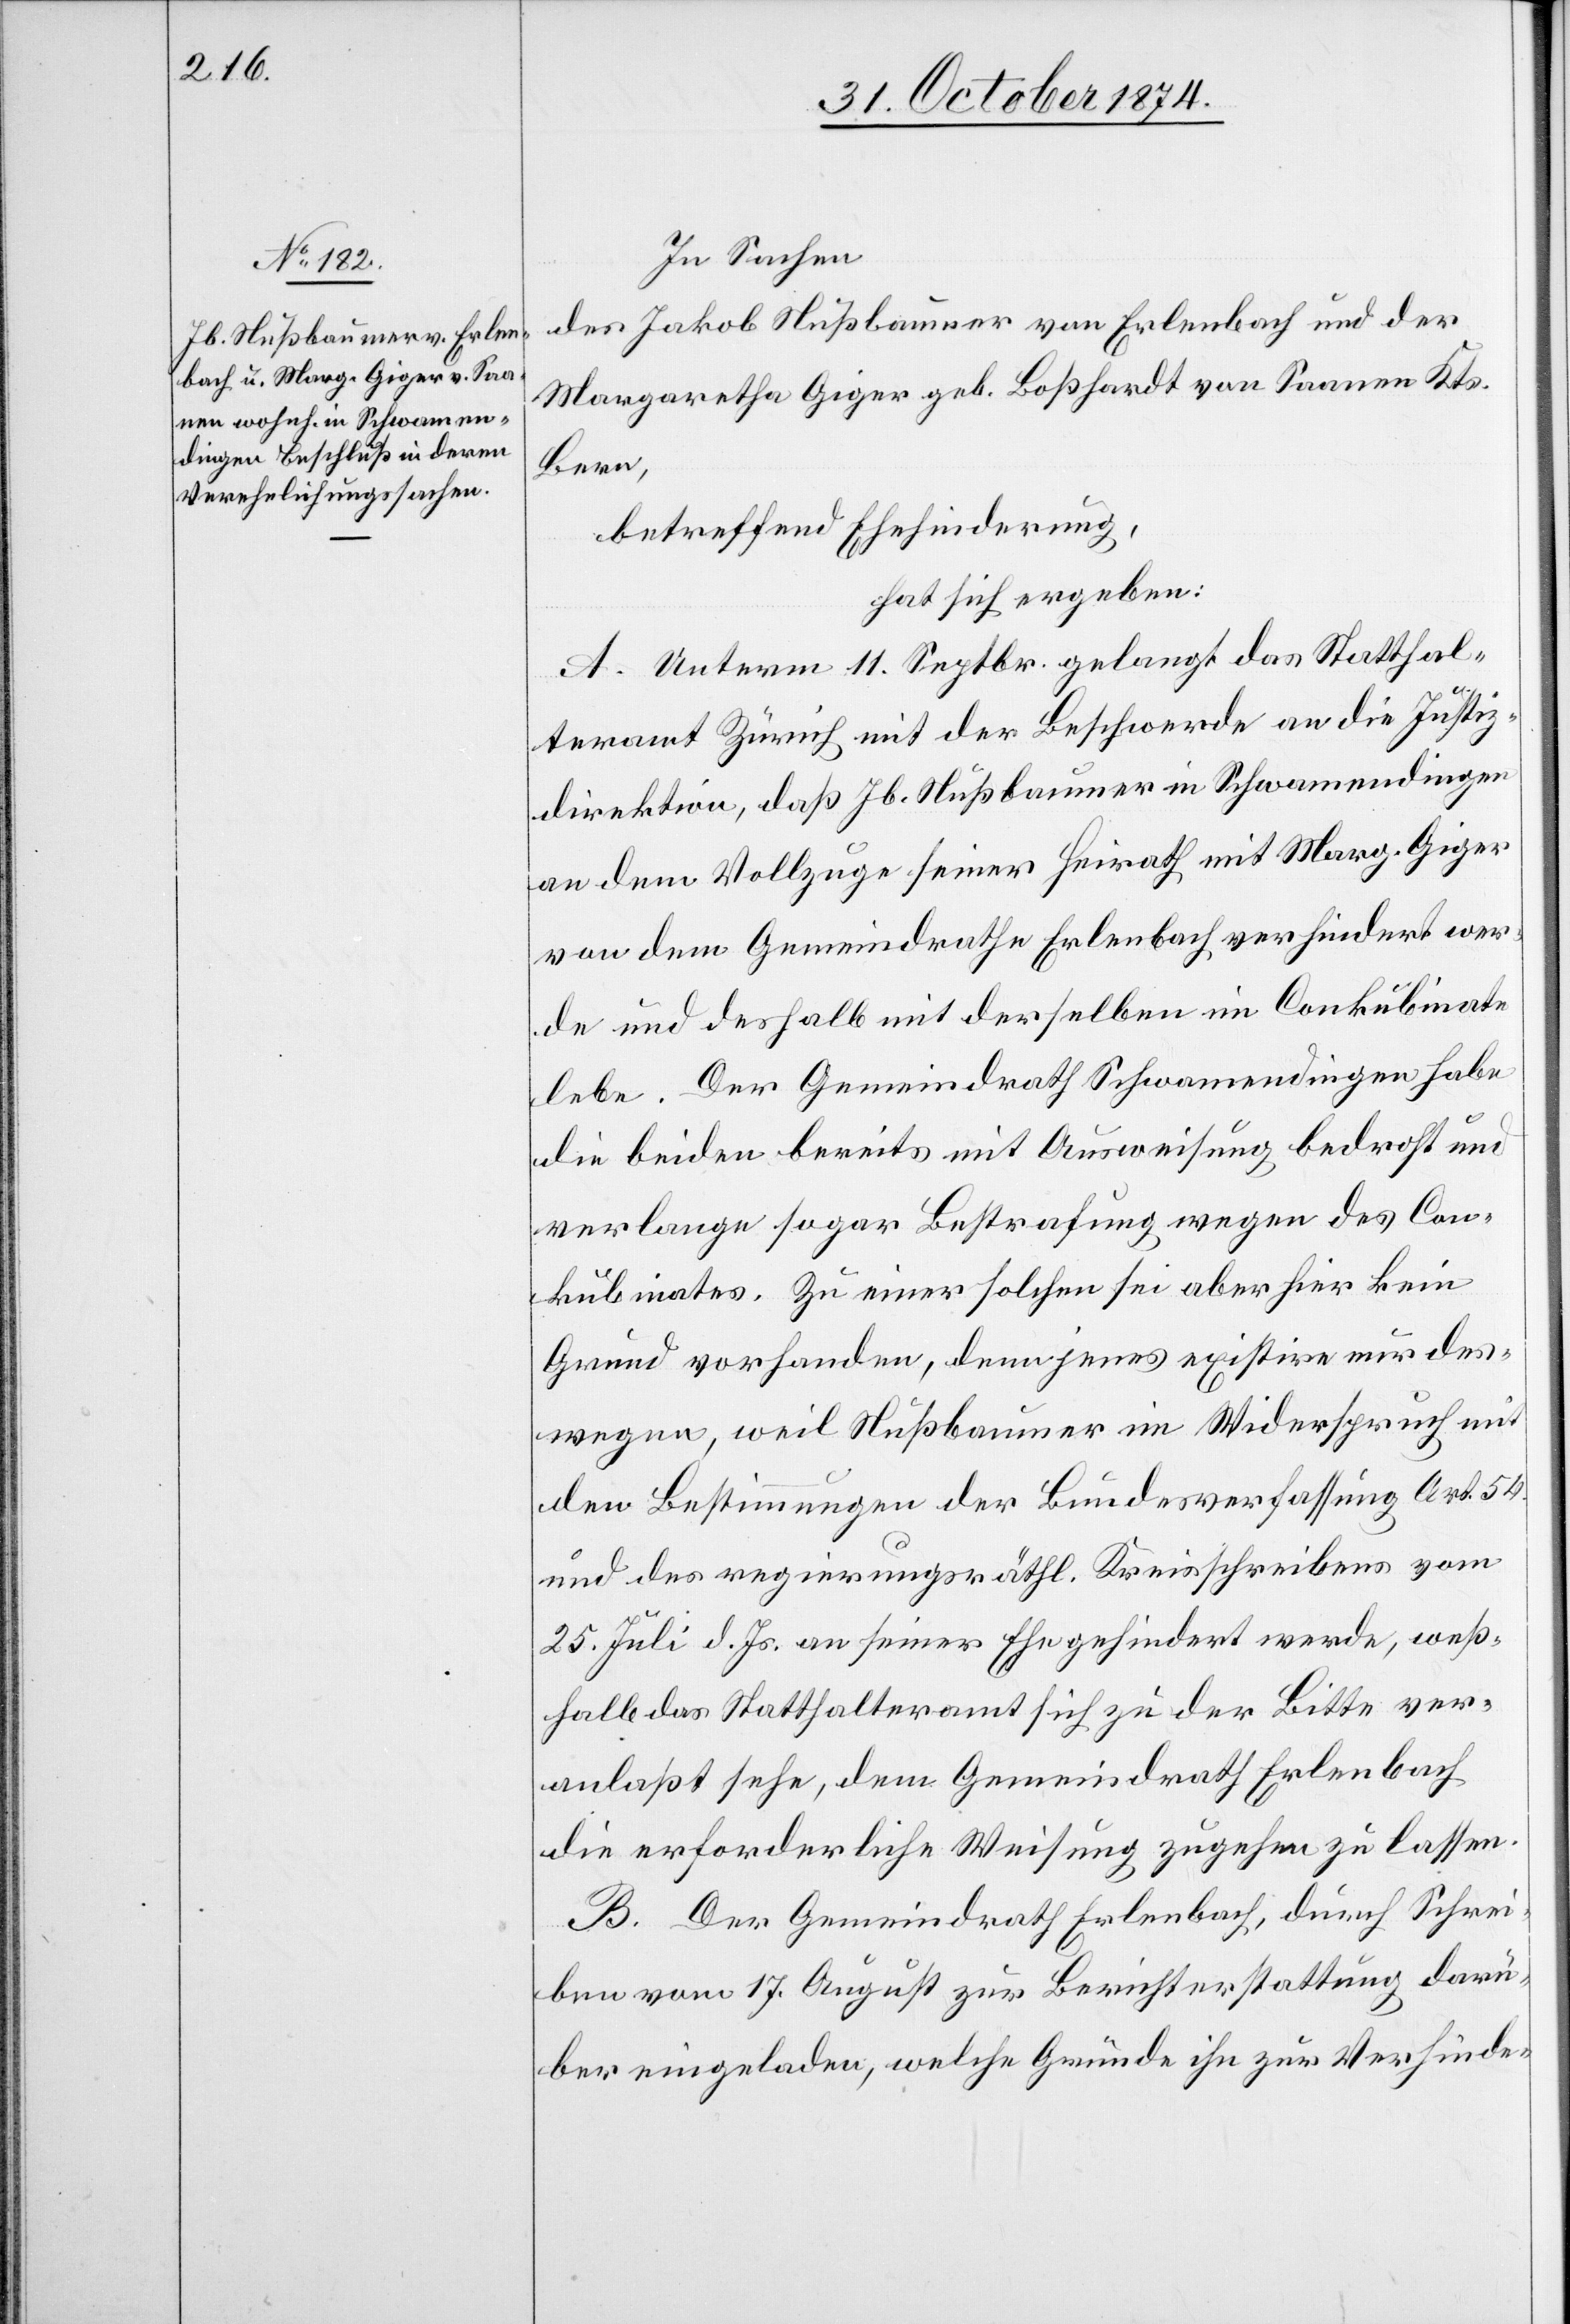
In Sachen
des Jakob Nußbaumer von Erlenbach und der
Margaretha Giger geb. Boßhardt von Saanen Kts.
Bern,
betreffend Ehehinderung,
hat sich ergeben:
A. Unterm 11. Septbr. gelangt das Statthal¬
teramt Zürich mit der Beschwerde an die Justiz¬
direktion, daß Jb. Nußbaumer in Schwamendingen
an dem Vollzuge seiner Heirath mit Marg. Giger
von dem Gemeindrathe Erlenbach verhindert wer¬
de und deshalb mit derselben im Conkubinate
lebe. Der Gemeindrath Schwamendingen habe
die beiden bereits mit Ausweisung bedroht und
verlange sogar Bestrafung wegen des Con¬
kubinates. Zu einer solchen sei aber hier kein
Grund vorhanden, denn jenes existire nur des¬
wegen, weil Nußbaumer im Widerspruch mit
den Bestimmungen der Bundesverfassung Art. 54
und des regierungsräthl. Kreisschreibens vom
25. Juli d. Js. an seiner Ehe gehindert werde, weß¬
halb das Statthalteramt sich zu der Bitte ver¬
anlaßt sehe, dem Gemeindrathe Erlenbach
die erforderliche Weisung zugehen zu lassen.
B. Der Gemeindrath Erlenbach, durch Schrei¬
ben vom 17. August zur Berichterstattung darü¬
ber eingeladen, welche Gründe ihn zur Verhinde-